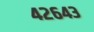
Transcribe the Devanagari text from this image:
४२६४३